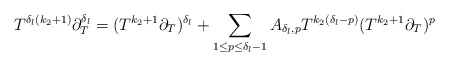
\begin{align*}T^{\delta_{l}(k_{2}+1)} \partial_{T}^{\delta_l} = (T^{k_{2}+1}\partial_{T})^{\delta_l} +\sum_{1 \leq p \leq \delta_{l}-1} A_{\delta_{l},p} T^{k_{2}(\delta_{l}-p)} (T^{k_{2}+1}\partial_{T})^{p} \end{align*}